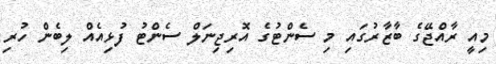
މިއީ ރާއްޖޭގެ ބާޒާރުގައި މި ސެންޓުގެ އޮރިޖިނަލް ސެންޓު ފުޅިއެއް ލިބެން ހުރި